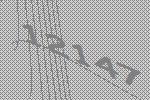
12147